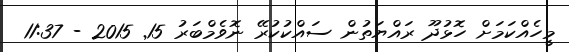
މީހެއްކަމަށް ހޮޅުދޫ ރައްޔަތުން ސައްކުކުރޭ ނޮވެމްބަރު 15